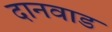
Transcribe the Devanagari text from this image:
दानवाड